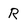
Character: R